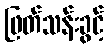
ဖြတ်သန်းခွင့်